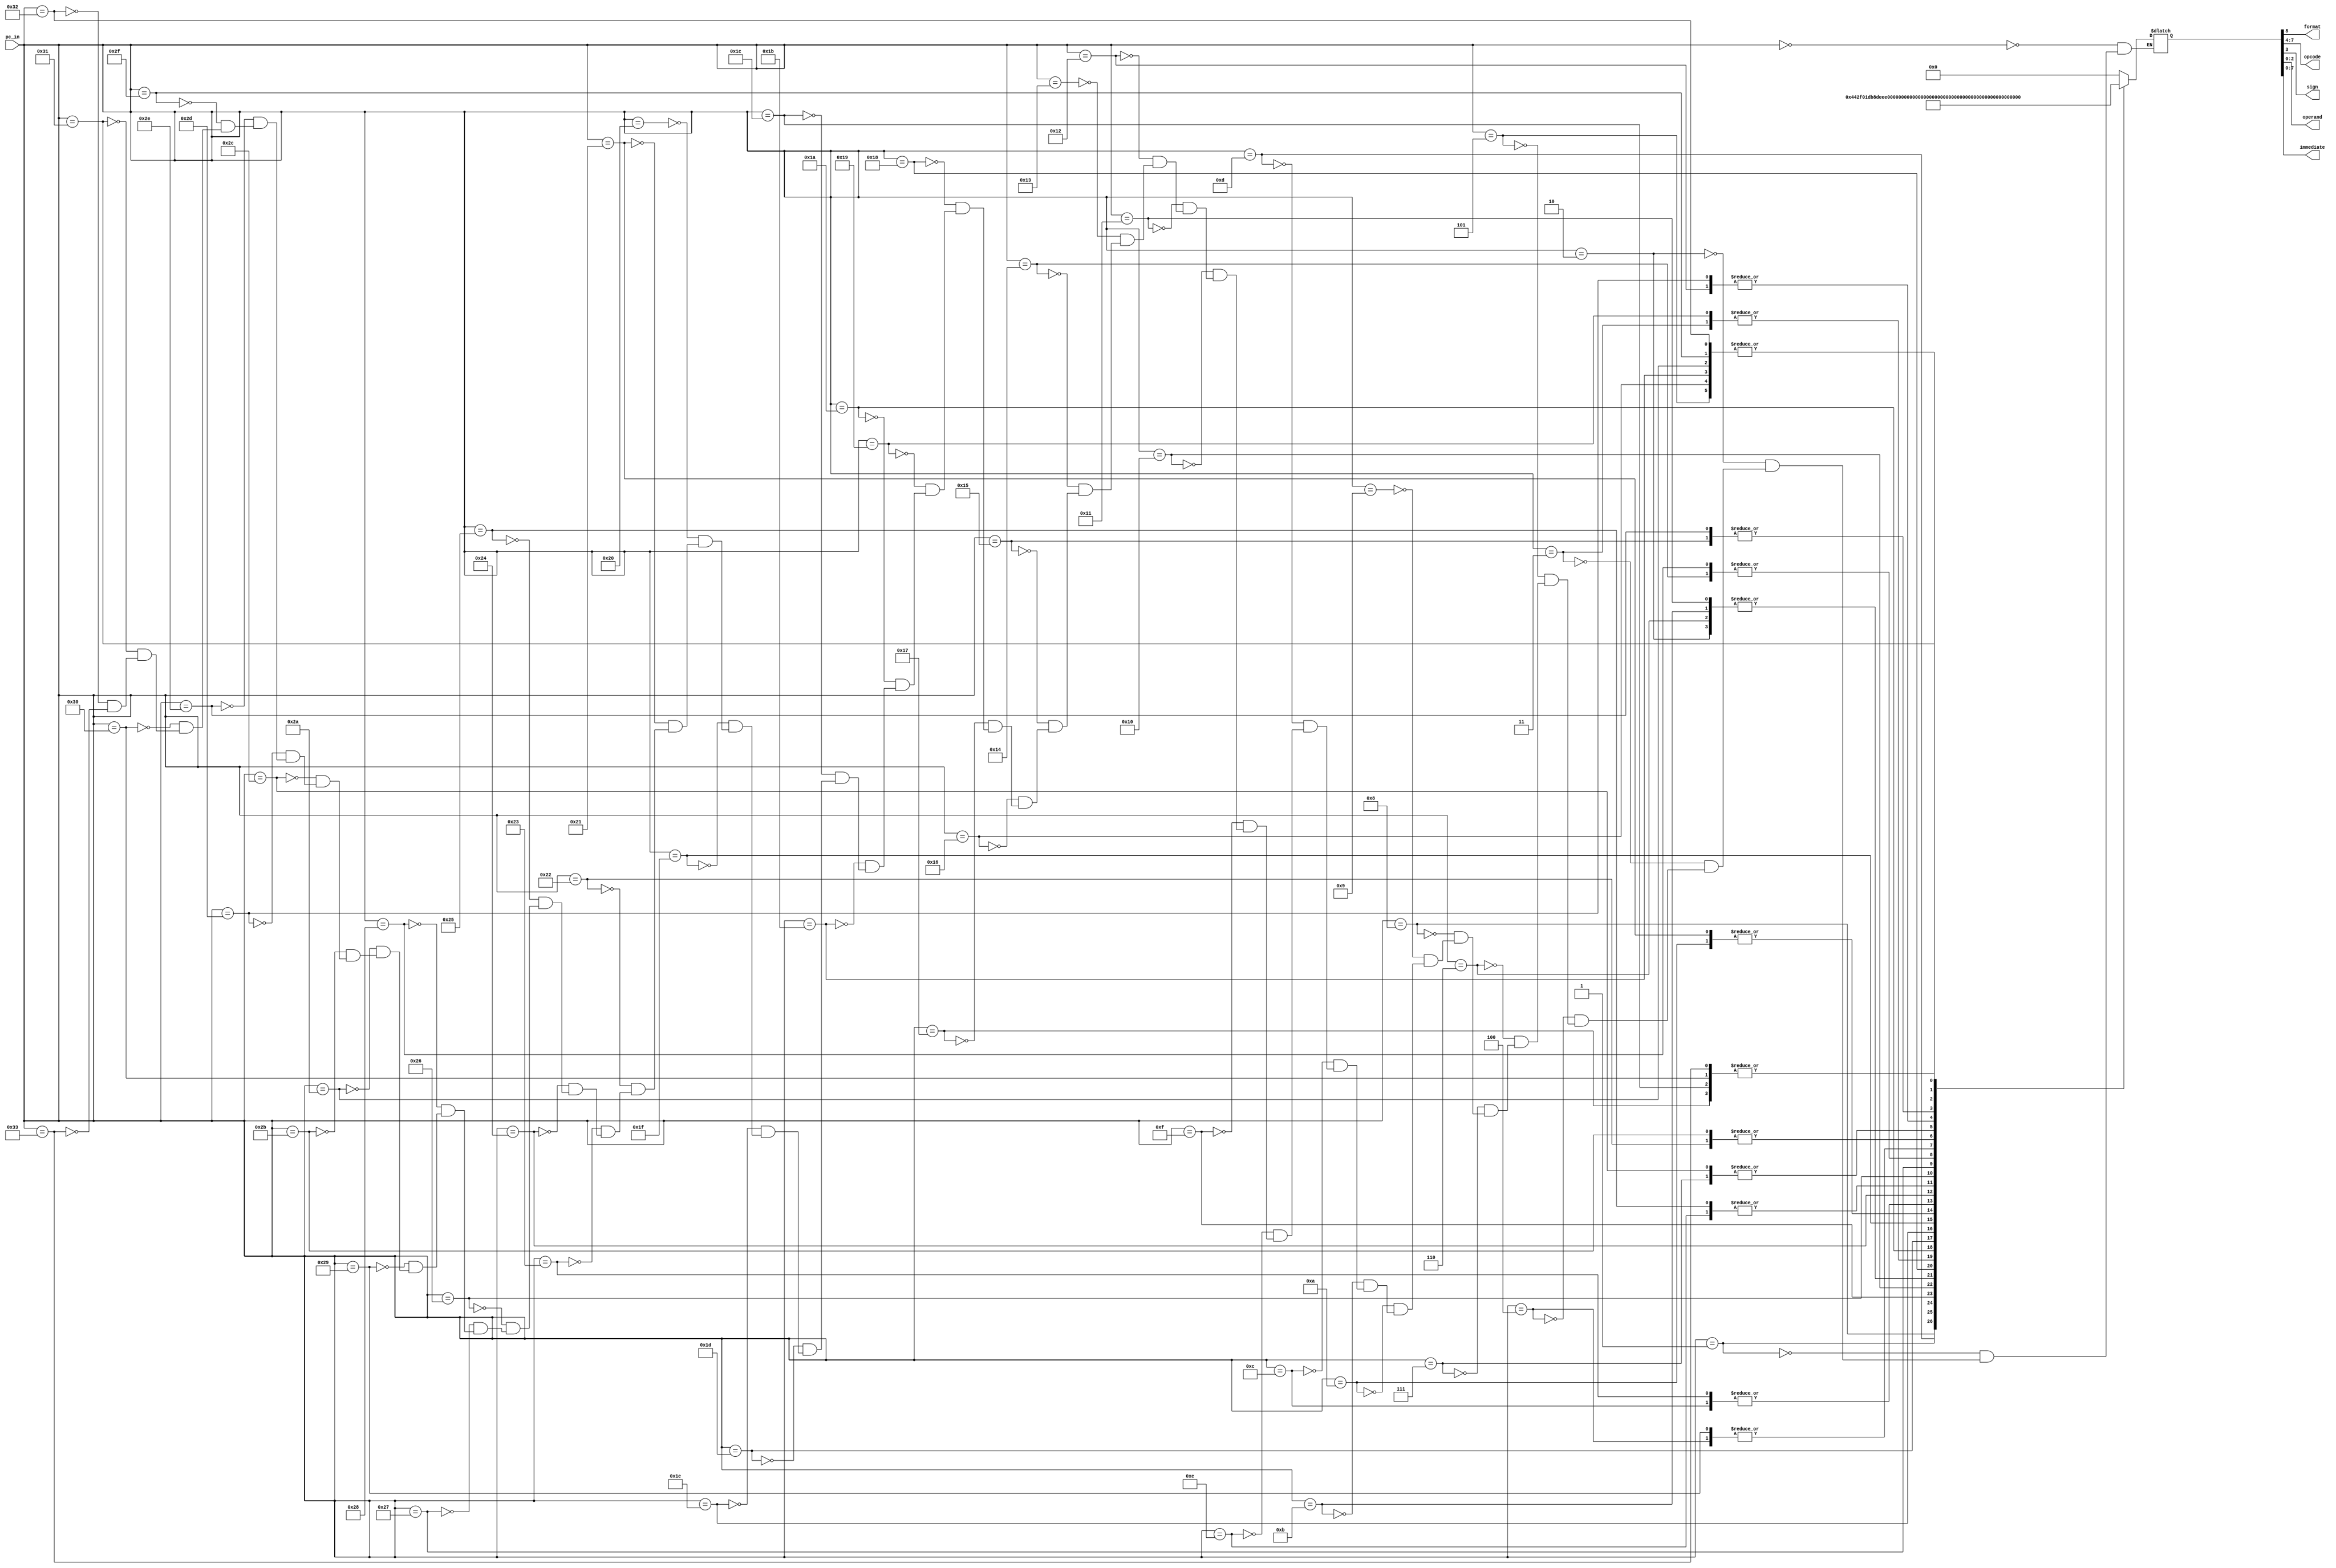
`timescale 1ns / 1ns

module instr_rom_2
(
	input [15:0] pc_in,
	output wire format,
	output wire [3:0] opcode,
	output wire sign,
	output wire [2:0] operand,
	output wire [7:0] immediate
);

	reg [8:0] instr_out;
	always @ (pc_in)
	begin
		case(pc_in)
			0: begin instr_out = 9'b000000000; end
			1: begin instr_out = 9'b100010000; end
			2: begin instr_out = 9'b101110000; end
			3: begin instr_out = 9'b101111001; end
			4: begin instr_out = 9'b000000001; end
			5: begin instr_out = 9'b101111101; end
			6: begin instr_out = 9'b101110000; end
			7: begin instr_out = 9'b100000101; end
			8: begin instr_out = 9'b101111000; end
			9: begin instr_out = 9'b000000000; end
			10: begin instr_out = 9'b101111110; end
			11: begin instr_out = 9'b101110000; end
			12: begin instr_out = 9'b101111111; end
			13: begin instr_out = 9'b000011101; end
			14: begin instr_out = 9'b101001000; end
			15: begin instr_out = 9'b101110001; end
			16: begin instr_out = 9'b101111011; end
			17: begin instr_out = 9'b101110000; end
			18: begin instr_out = 9'b101111100; end
			19: begin instr_out = 9'b000000000; end
			20: begin instr_out = 9'b101111010; end
			21: begin instr_out = 9'b000100000; end
			22: begin instr_out = 9'b101111101; end
			23: begin instr_out = 9'b100110101; end
			24: begin instr_out = 9'b101110010; end
			25: begin instr_out = 9'b101111001; end
			26: begin instr_out = 9'b000000100; end
			27: begin instr_out = 9'b101111101; end
			28: begin instr_out = 9'b100110101; end
			29: begin instr_out = 9'b000001111; end
			30: begin instr_out = 9'b100100001; end
			31: begin instr_out = 9'b110110000; end
			32: begin instr_out = 9'b000000000; end
			33: begin instr_out = 9'b101111110; end
			34: begin instr_out = 9'b101110100; end
			35: begin instr_out = 9'b101111111; end
			36: begin instr_out = 9'b000110001; end
			37: begin instr_out = 9'b101001000; end
			38: begin instr_out = 9'b101110011; end
			39: begin instr_out = 9'b100001010; end
			40: begin instr_out = 9'b101111010; end
			41: begin instr_out = 9'b000000001; end
			42: begin instr_out = 9'b101111101; end
			43: begin instr_out = 9'b101110100; end
			44: begin instr_out = 9'b100000101; end
			45: begin instr_out = 9'b101111100; end
			46: begin instr_out = 9'b000100000; end
			47: begin instr_out = 9'b101111101; end
			48: begin instr_out = 9'b100110101; end
			49: begin instr_out = 9'b000011000; end
			50: begin instr_out = 9'b101111101; end
			51: begin instr_out = 9'b100110101; end
        endcase
		  $display("The instruction: %d", pc_in);
	end

	assign format = instr_out[8];
	assign opcode = instr_out[7:4];
	assign sign = instr_out[3];
	assign operand = instr_out[2:0];
	assign immediate = instr_out[7:0];

endmodule